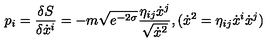
p _ { i } = \frac { \delta S } { \delta \dot { x } ^ { i } } = - m \sqrt { e ^ { - 2 \sigma } } \frac { \eta _ { i j } \dot { x } ^ { j } } { \sqrt { \dot { x } ^ { 2 } } } , ( \dot { x } ^ { 2 } = \eta _ { i j } \dot { x } ^ { i } \dot { x } ^ { j } )